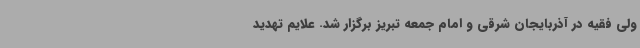
ولی فقیه در آذربایجان شرقی و امام جمعه تبریز برگزار شد. علایم تهدید